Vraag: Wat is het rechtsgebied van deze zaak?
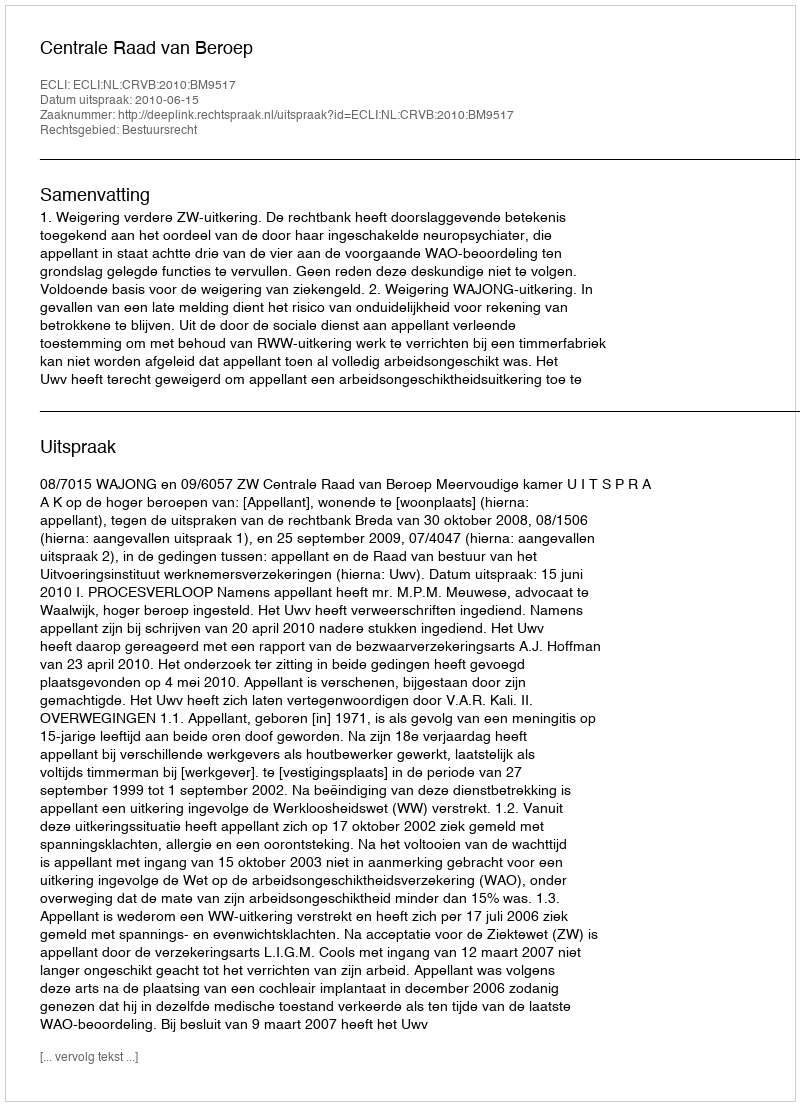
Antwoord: Bestuursrecht